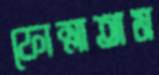
ফোস্‌লাতাম